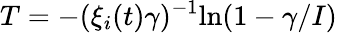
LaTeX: T=-(\xi_{i}(t)\gamma)^{-1}\textrm{ln}(1-{\gamma}/{I})